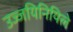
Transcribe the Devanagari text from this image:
उज्जयिनियिले